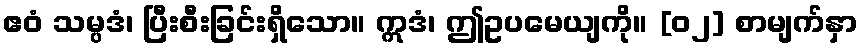
ဧဝံ သမ္ပဒံ၊ ပြီးစီးခြင်းရှိသော။ ဣဒံ၊ ဤဥပမေယျကို။ [၀၂] စာမျက်နှာ